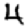
Digit: 4